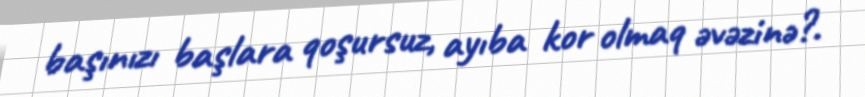
başınızı başlara qoşursuz, ayıba kor olmaq əvəzinə?.